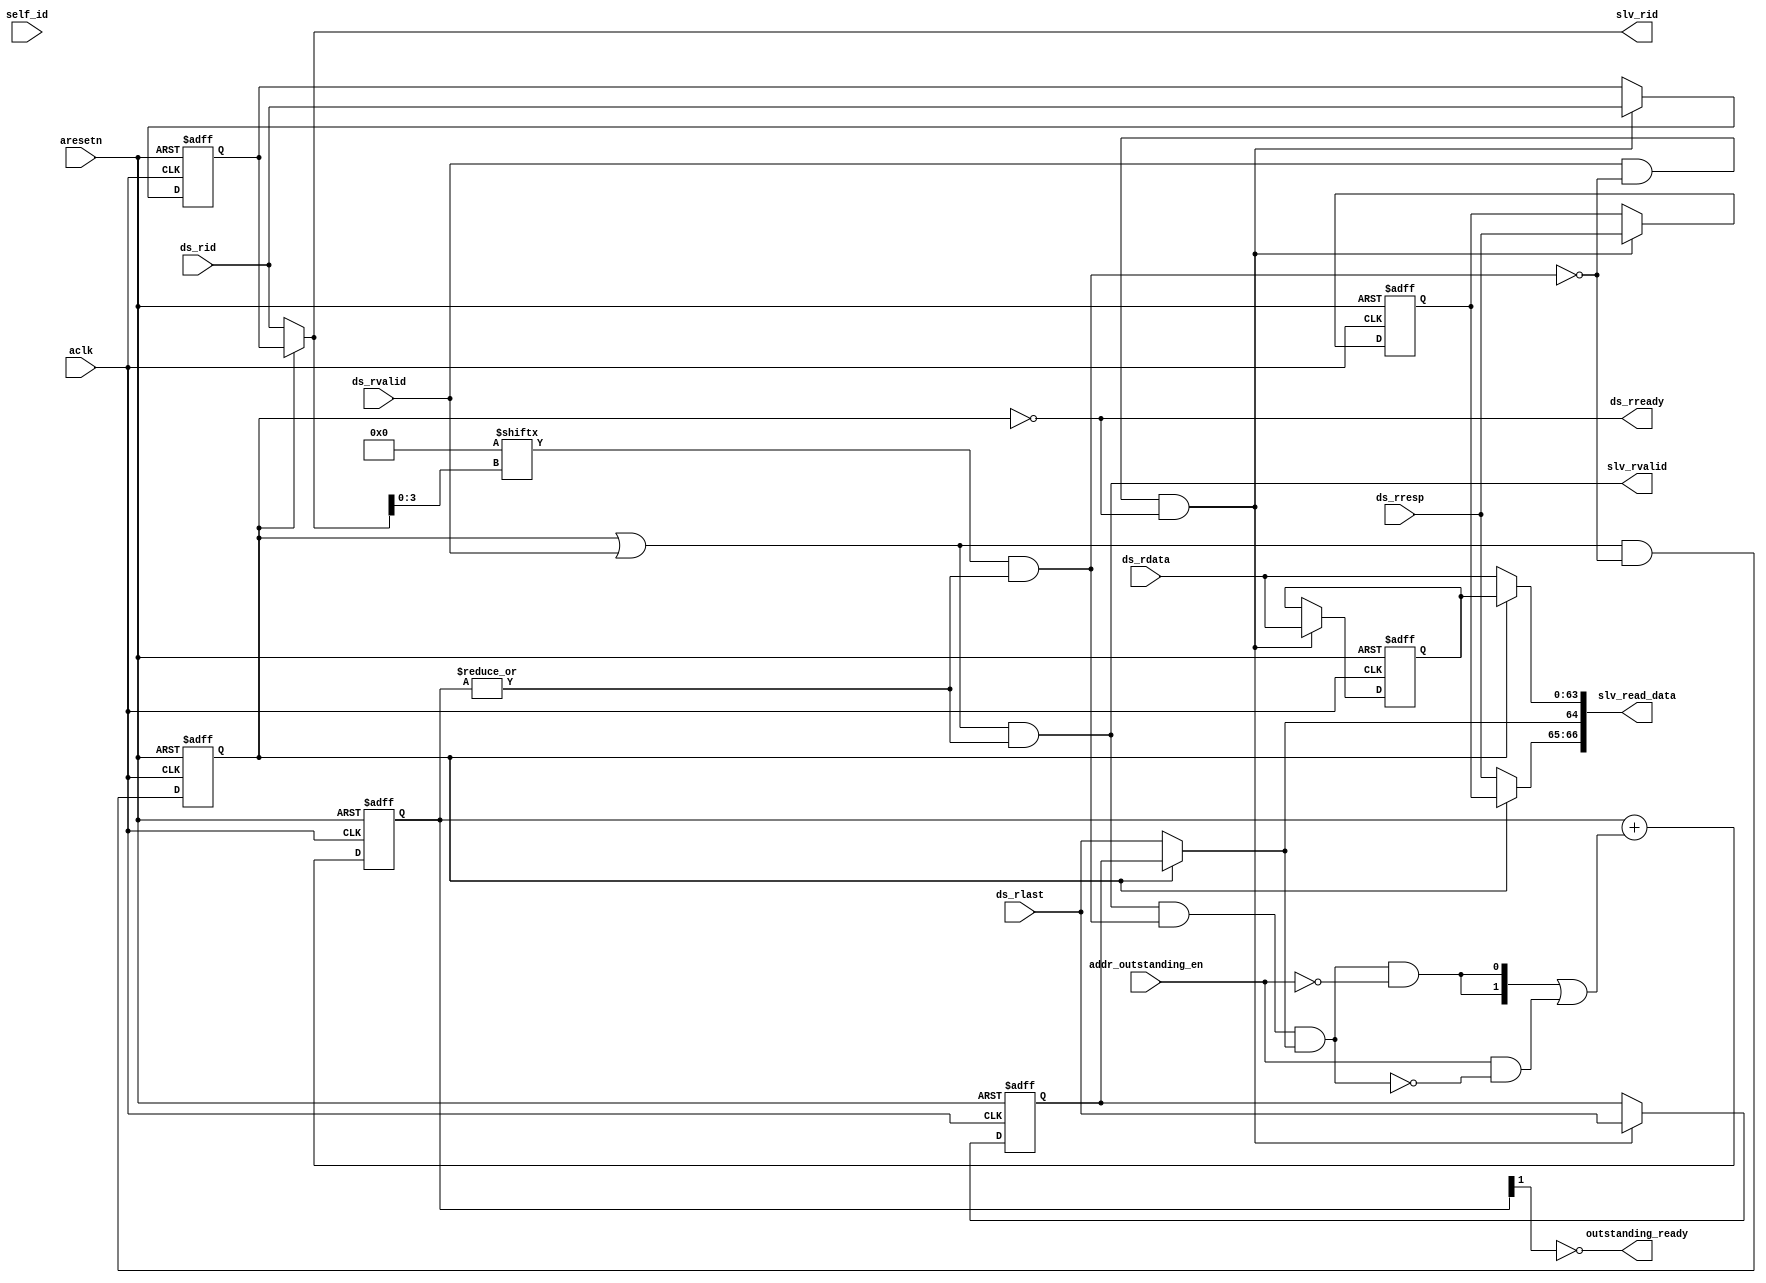
module atcbmc300_ds_rdata_ctrl (
// VPERL: &PORTLIST;
// VPERL_GENERATED_BEGIN
	  self_id,  
`ifdef ATCBMC300_MST0_SUPPORT
	  mst0_rready,
	  mst0_rsid,
	  mst0_connect,
`endif // ATCBMC300_MST0_SUPPORT
`ifdef ATCBMC300_MST1_SUPPORT
	  mst1_rready,
	  mst1_rsid,
	  mst1_connect,
`endif // ATCBMC300_MST1_SUPPORT
`ifdef ATCBMC300_MST2_SUPPORT
	  mst2_rready,
	  mst2_rsid,
	  mst2_connect,
`endif // ATCBMC300_MST2_SUPPORT
`ifdef ATCBMC300_MST3_SUPPORT
	  mst3_rready,
	  mst3_rsid,
	  mst3_connect,
`endif // ATCBMC300_MST3_SUPPORT
`ifdef ATCBMC300_MST4_SUPPORT
	  mst4_rready,
	  mst4_rsid,
	  mst4_connect,
`endif // ATCBMC300_MST4_SUPPORT
`ifdef ATCBMC300_MST5_SUPPORT
	  mst5_rready,
	  mst5_rsid,
	  mst5_connect,
`endif // ATCBMC300_MST5_SUPPORT
`ifdef ATCBMC300_MST6_SUPPORT
	  mst6_rready,
	  mst6_rsid,
	  mst6_connect,
`endif // ATCBMC300_MST6_SUPPORT
`ifdef ATCBMC300_MST7_SUPPORT
	  mst7_rready,
	  mst7_rsid,
	  mst7_connect,
`endif // ATCBMC300_MST7_SUPPORT
`ifdef ATCBMC300_MST8_SUPPORT
	  mst8_rready,
	  mst8_rsid,
	  mst8_connect,
`endif // ATCBMC300_MST8_SUPPORT
`ifdef ATCBMC300_MST9_SUPPORT
	  mst9_rready,
	  mst9_rsid,
	  mst9_connect,
`endif // ATCBMC300_MST9_SUPPORT
`ifdef ATCBMC300_MST10_SUPPORT
	  mst10_rready,
	  mst10_rsid,
	  mst10_connect,
`endif // ATCBMC300_MST10_SUPPORT
`ifdef ATCBMC300_MST11_SUPPORT
	  mst11_rready,
	  mst11_rsid,
	  mst11_connect,
`endif // ATCBMC300_MST11_SUPPORT
`ifdef ATCBMC300_MST12_SUPPORT
	  mst12_rready,
	  mst12_rsid,
	  mst12_connect,
`endif // ATCBMC300_MST12_SUPPORT
`ifdef ATCBMC300_MST13_SUPPORT
	  mst13_rready,
	  mst13_rsid,
	  mst13_connect,
`endif // ATCBMC300_MST13_SUPPORT
`ifdef ATCBMC300_MST14_SUPPORT
	  mst14_rready,
	  mst14_rsid,
	  mst14_connect,
`endif // ATCBMC300_MST14_SUPPORT
`ifdef ATCBMC300_MST15_SUPPORT
	  mst15_rready,
	  mst15_rsid,
	  mst15_connect,
`endif // ATCBMC300_MST15_SUPPORT
	  ds_rdata, 
	  ds_rresp, 
	  ds_rid,   
	  ds_rlast, 
	  ds_rvalid,
	  ds_rready,
	  slv_rvalid,
	  slv_read_data,
	  slv_rid,  
	  outstanding_ready,
	  addr_outstanding_en,
	  aclk,     
	  aresetn   
// VPERL_GENERATED_END
);
parameter DATA_WIDTH = 64;
parameter ID_WIDTH   = 4;
parameter OUTSTANDING_DEPTH = 2;

localparam DATA_MSB = DATA_WIDTH - 1;
localparam ID_MSB   = ID_WIDTH - 1;

input [4:0] self_id;
//input       resp_outoforder;
// #VPERL_BEGIN
//  for ($i=0;$i<16;$i++) {
// :`ifdef ATCBMC300_MST${i}_SUPPORT
// : input                      mst${i}_rready;
// : input [4:0]                mst${i}_rsid;
// : input			mst${i}_connect;
// : `endif
// }
// # for ($i=1;$i<32;$i++) {
// #:`ifdef ATCBMC300_SLV${i}_SUPPORT
// #: input 			slv${i}_read_outstanding_in;
// #:`endif
// #}
// #VPERL_END

// #VPERL_GENERATED_BEGIN
`ifdef ATCBMC300_MST0_SUPPORT
input                      mst0_rready;
input [4:0]                mst0_rsid;
input			mst0_connect;
`endif
`ifdef ATCBMC300_MST1_SUPPORT
input                      mst1_rready;
input [4:0]                mst1_rsid;
input			mst1_connect;
`endif
`ifdef ATCBMC300_MST2_SUPPORT
input                      mst2_rready;
input [4:0]                mst2_rsid;
input			mst2_connect;
`endif
`ifdef ATCBMC300_MST3_SUPPORT
input                      mst3_rready;
input [4:0]                mst3_rsid;
input			mst3_connect;
`endif
`ifdef ATCBMC300_MST4_SUPPORT
input                      mst4_rready;
input [4:0]                mst4_rsid;
input			mst4_connect;
`endif
`ifdef ATCBMC300_MST5_SUPPORT
input                      mst5_rready;
input [4:0]                mst5_rsid;
input			mst5_connect;
`endif
`ifdef ATCBMC300_MST6_SUPPORT
input                      mst6_rready;
input [4:0]                mst6_rsid;
input			mst6_connect;
`endif
`ifdef ATCBMC300_MST7_SUPPORT
input                      mst7_rready;
input [4:0]                mst7_rsid;
input			mst7_connect;
`endif
`ifdef ATCBMC300_MST8_SUPPORT
input                      mst8_rready;
input [4:0]                mst8_rsid;
input			mst8_connect;
`endif
`ifdef ATCBMC300_MST9_SUPPORT
input                      mst9_rready;
input [4:0]                mst9_rsid;
input			mst9_connect;
`endif
`ifdef ATCBMC300_MST10_SUPPORT
input                      mst10_rready;
input [4:0]                mst10_rsid;
input			mst10_connect;
`endif
`ifdef ATCBMC300_MST11_SUPPORT
input                      mst11_rready;
input [4:0]                mst11_rsid;
input			mst11_connect;
`endif
`ifdef ATCBMC300_MST12_SUPPORT
input                      mst12_rready;
input [4:0]                mst12_rsid;
input			mst12_connect;
`endif
`ifdef ATCBMC300_MST13_SUPPORT
input                      mst13_rready;
input [4:0]                mst13_rsid;
input			mst13_connect;
`endif
`ifdef ATCBMC300_MST14_SUPPORT
input                      mst14_rready;
input [4:0]                mst14_rsid;
input			mst14_connect;
`endif
`ifdef ATCBMC300_MST15_SUPPORT
input                      mst15_rready;
input [4:0]                mst15_rsid;
input			mst15_connect;
`endif
// #VPERL_GENERATED_END
input [DATA_MSB:0]	ds_rdata;
input [1:0]		ds_rresp;
input [ID_MSB+4:0]  	ds_rid;
input 			ds_rlast;
input 			ds_rvalid;
output			ds_rready;

output			slv_rvalid;
output [DATA_MSB+3:0]	slv_read_data;
output [ID_MSB+4:0]  	slv_rid;

output              	outstanding_ready;
input               	addr_outstanding_en;
//output		    	slv_read_outstanding_out;

input aclk;
input aresetn;

reg [15:0]		mst_rready;
reg			pending_rvalid;
reg			pending_rlast;
reg [1:0]		pending_rresp;
reg [ID_MSB+4:0]  	pending_rid;
reg [DATA_MSB:0]  	pending_rdata;
//reg [31:0]	    	other_slv_read_outstanding;
wire rresp_cnt_empty;
wire [1:0] slv_rresp;
wire slv_rlast;
wire [DATA_MSB:0] slv_rdata;
wire slave_rready;
//assign slv_read_outstanding_out = ~rresp_cnt_empty;
// VPERL_BEGIN
// : always @* begin
//  for($i=0;$i<16;$i++) {
// :`ifdef ATCBMC300_MST${i}_SUPPORT
// : 	mst_rready[${i}] = mst${i}_rready & mst${i}_connect & (mst${i}_rsid==self_id);
// :`else 
// : 	mst_rready[${i}] = 1'b0;
// :`endif
// }
// # for($i=1;$i<32;$i++) {
// #:`ifdef ATCBMC300_SLV${i}_SUPPORT
// #:  	other_slv_read_outstanding[${i}] = slv${i}_read_outstanding_in;
// #:`else
// #:  	other_slv_read_outstanding[${i}] = 1'b0;
// #:`endif
// #}
// :end
// VPERL_END

// VPERL_GENERATED_BEGIN
always @* begin
`ifdef ATCBMC300_MST0_SUPPORT
	mst_rready[0] = mst0_rready & mst0_connect & (mst0_rsid==self_id);
`else
	mst_rready[0] = 1'b0;
`endif
`ifdef ATCBMC300_MST1_SUPPORT
	mst_rready[1] = mst1_rready & mst1_connect & (mst1_rsid==self_id);
`else
	mst_rready[1] = 1'b0;
`endif
`ifdef ATCBMC300_MST2_SUPPORT
	mst_rready[2] = mst2_rready & mst2_connect & (mst2_rsid==self_id);
`else
	mst_rready[2] = 1'b0;
`endif
`ifdef ATCBMC300_MST3_SUPPORT
	mst_rready[3] = mst3_rready & mst3_connect & (mst3_rsid==self_id);
`else
	mst_rready[3] = 1'b0;
`endif
`ifdef ATCBMC300_MST4_SUPPORT
	mst_rready[4] = mst4_rready & mst4_connect & (mst4_rsid==self_id);
`else
	mst_rready[4] = 1'b0;
`endif
`ifdef ATCBMC300_MST5_SUPPORT
	mst_rready[5] = mst5_rready & mst5_connect & (mst5_rsid==self_id);
`else
	mst_rready[5] = 1'b0;
`endif
`ifdef ATCBMC300_MST6_SUPPORT
	mst_rready[6] = mst6_rready & mst6_connect & (mst6_rsid==self_id);
`else
	mst_rready[6] = 1'b0;
`endif
`ifdef ATCBMC300_MST7_SUPPORT
	mst_rready[7] = mst7_rready & mst7_connect & (mst7_rsid==self_id);
`else
	mst_rready[7] = 1'b0;
`endif
`ifdef ATCBMC300_MST8_SUPPORT
	mst_rready[8] = mst8_rready & mst8_connect & (mst8_rsid==self_id);
`else
	mst_rready[8] = 1'b0;
`endif
`ifdef ATCBMC300_MST9_SUPPORT
	mst_rready[9] = mst9_rready & mst9_connect & (mst9_rsid==self_id);
`else
	mst_rready[9] = 1'b0;
`endif
`ifdef ATCBMC300_MST10_SUPPORT
	mst_rready[10] = mst10_rready & mst10_connect & (mst10_rsid==self_id);
`else
	mst_rready[10] = 1'b0;
`endif
`ifdef ATCBMC300_MST11_SUPPORT
	mst_rready[11] = mst11_rready & mst11_connect & (mst11_rsid==self_id);
`else
	mst_rready[11] = 1'b0;
`endif
`ifdef ATCBMC300_MST12_SUPPORT
	mst_rready[12] = mst12_rready & mst12_connect & (mst12_rsid==self_id);
`else
	mst_rready[12] = 1'b0;
`endif
`ifdef ATCBMC300_MST13_SUPPORT
	mst_rready[13] = mst13_rready & mst13_connect & (mst13_rsid==self_id);
`else
	mst_rready[13] = 1'b0;
`endif
`ifdef ATCBMC300_MST14_SUPPORT
	mst_rready[14] = mst14_rready & mst14_connect & (mst14_rsid==self_id);
`else
	mst_rready[14] = 1'b0;
`endif
`ifdef ATCBMC300_MST15_SUPPORT
	mst_rready[15] = mst15_rready & mst15_connect & (mst15_rsid==self_id);
`else
	mst_rready[15] = 1'b0;
`endif
end
// VPERL_GENERATED_END
assign ds_rready = ~pending_rvalid;
assign slv_rvalid = (pending_rvalid | ds_rvalid) & ~rresp_cnt_empty;
assign slv_rid    = pending_rvalid ? pending_rid   : ds_rid;
assign slv_rresp  = pending_rvalid ? pending_rresp : ds_rresp;
assign slv_rlast  = pending_rvalid ? pending_rlast : ds_rlast;
assign slv_rdata  = pending_rvalid ? pending_rdata : ds_rdata;
assign slv_read_data = {slv_rresp, slv_rlast, slv_rdata};
assign slave_rready = mst_rready[slv_rid[3:0]] & ~rresp_cnt_empty;

always @(posedge aclk or negedge aresetn) begin
	if (!aresetn)
		pending_rvalid <= 1'b0;
	else 
		pending_rvalid <= (pending_rvalid | ds_rvalid) & ~slave_rready;
end

always @(posedge aclk or negedge aresetn) begin
	if (!aresetn) begin
		pending_rid    <= {(ID_WIDTH+4){1'b0}}; 
		pending_rresp  <= 2'b0;
		pending_rlast  <= 1'b0;
		pending_rdata  <= {DATA_WIDTH{1'b0}};
	end else if (ds_rvalid & ~slave_rready & ~pending_rvalid) begin
		pending_rid    <= ds_rid  ;
		pending_rresp  <= ds_rresp;
		pending_rlast  <= ds_rlast;
		pending_rdata  <= ds_rdata;
	end	
end

localparam OUTSTANDING_COUNT_WIDTH = (OUTSTANDING_DEPTH > 1) ? ($clog2(OUTSTANDING_DEPTH) + 1) : 0; 
generate 
	if (OUTSTANDING_DEPTH > 1) begin : outstanding_fifo
		reg [OUTSTANDING_COUNT_WIDTH-1:0] rresp_cnt;
		assign outstanding_ready = ~rresp_cnt[OUTSTANDING_COUNT_WIDTH-1];// & ~(resp_outoforder & slv_read_outstanding_out & (|other_slv_read_outstanding));
		assign rresp_cnt_empty = ~|rresp_cnt;
		always @(posedge aclk or negedge aresetn) begin
			if (!aresetn)
				rresp_cnt <= {OUTSTANDING_COUNT_WIDTH{1'b0}};
			else 
				rresp_cnt <= rresp_cnt + ({OUTSTANDING_COUNT_WIDTH{slv_rvalid & slave_rready & slv_rlast & ~addr_outstanding_en}} | 
                                                          {{OUTSTANDING_COUNT_WIDTH-1{1'b0}},addr_outstanding_en & ~(slv_rvalid & slave_rready & slv_rlast)});
		end
	end
	else begin: one_entry_outstanding_buffer
		reg rresp_cnt;
		assign outstanding_ready = ~rresp_cnt | (slv_rvalid & slave_rready & slv_rlast);
		assign rresp_cnt_empty = ~rresp_cnt;
		always @(posedge aclk or negedge aresetn) begin
			if (!aresetn)
				rresp_cnt <= 1'b0;
			else if (addr_outstanding_en)
				rresp_cnt <= 1'b1;
			else if (slv_rvalid & slave_rready & slv_rlast)
				rresp_cnt <= 1'b0;
		end
	end
endgenerate
endmodule